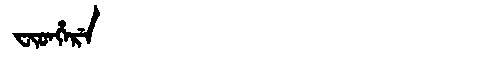
Manchu: ᠸᡳᡨᡥᡝᡵᡝ
Romanization: FITHERE